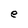
Character: e